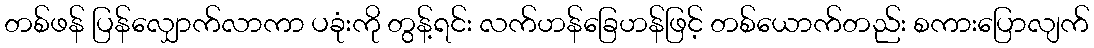
တစ်ဖန် ပြန်လျှောက်လာကာ ပခုံးကို တွန့်ရင်း လက်ဟန်ခြေဟန်ဖြင့် တစ်ယောက်တည်း စကားပြောလျက်